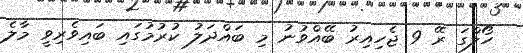
ހޯލްގަ ރޭ 9 ޖެހިއިރު ބޭއްވުނު މި ބައްދަލު ކުރުމުގައި ބައިވެރިވީ މާލެ